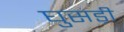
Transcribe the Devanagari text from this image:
घुसड़ी